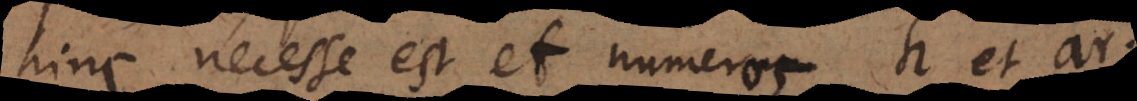
hinc necesse est et numeros h et ar